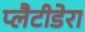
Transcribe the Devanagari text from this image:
प्लैटीडेरा